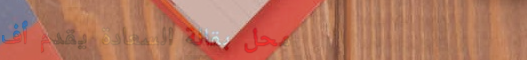
محل بقالة السعادة يقدم أف